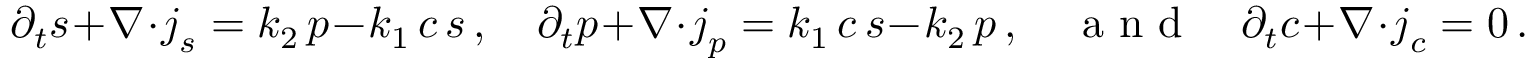
\partial _ { t } s + \boldsymbol \nabla \cdot \boldsymbol { j } _ { s } = k _ { 2 } \, p - k _ { 1 } \, c \, s \, , \quad \partial _ { t } p + \boldsymbol \nabla \cdot \boldsymbol { j } _ { p } = k _ { 1 } \, c \, s - k _ { 2 } \, p \, , \quad \mathrm { ~ a ~ n ~ d ~ } \quad \partial _ { t } c + \boldsymbol \nabla \cdot \boldsymbol { j } _ { c } = 0 \, .